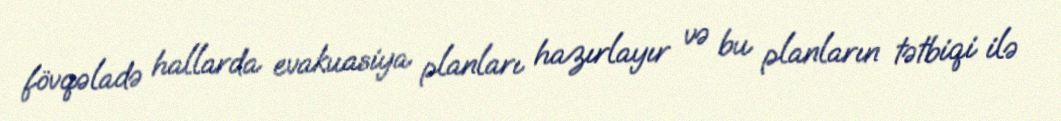
fövqəladə hallarda evakuasiya planları hazırlayır və bu planların tətbiqi ilə